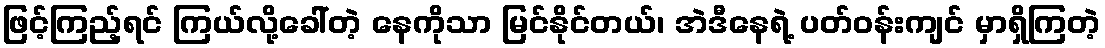
ဖြင့်ကြည့်ရင် ကြယ်လို့ခေါ်တဲ့ နေကိုသာ မြင်နိုင်တယ်၊ အဲဒီနေရဲ့ ပတ်ဝန်းကျင် မှာရှိကြတဲ့